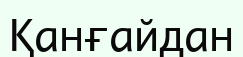
Қанғайдан